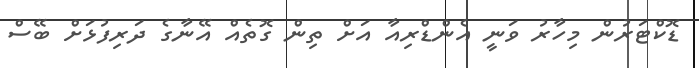
ޑޮކްޓަރުން މިހާރު ވަނީ އެންޑްރިއާ އަށް ތިން ގޮތެއް އޭނާގެ ދަރިފުޅަށް ބޭސް